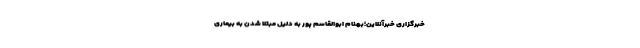
خبرگزاری خبرآنلاین؛بهنام ابوالقاسم پور به دلیل مبتلا شدن به بیماری